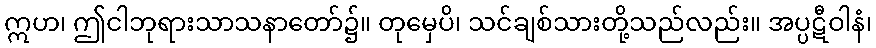
ဣဟ၊ ဤငါဘုရားသာသနာတော်၌။ တုမှေပိ၊ သင်ချစ်သားတို့သည်လည်း။ အပ္ပဋီဝါနံ၊